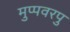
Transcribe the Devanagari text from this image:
मुप्पवरपु